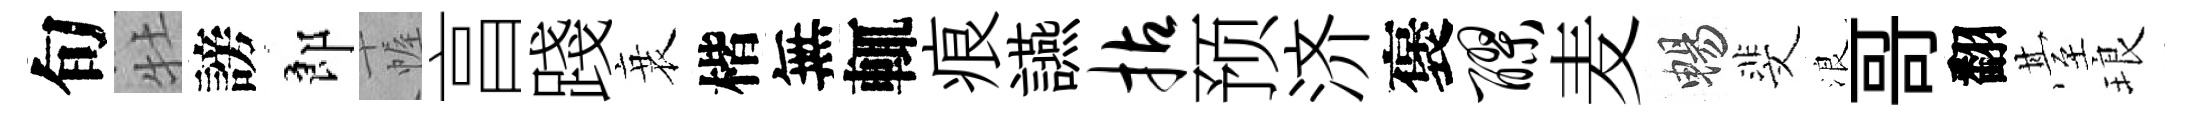
旬牡謗郎幄亯踐衰楷無輒痕讌拈预济褒醪麦暢斐浪哥翻䑓琅